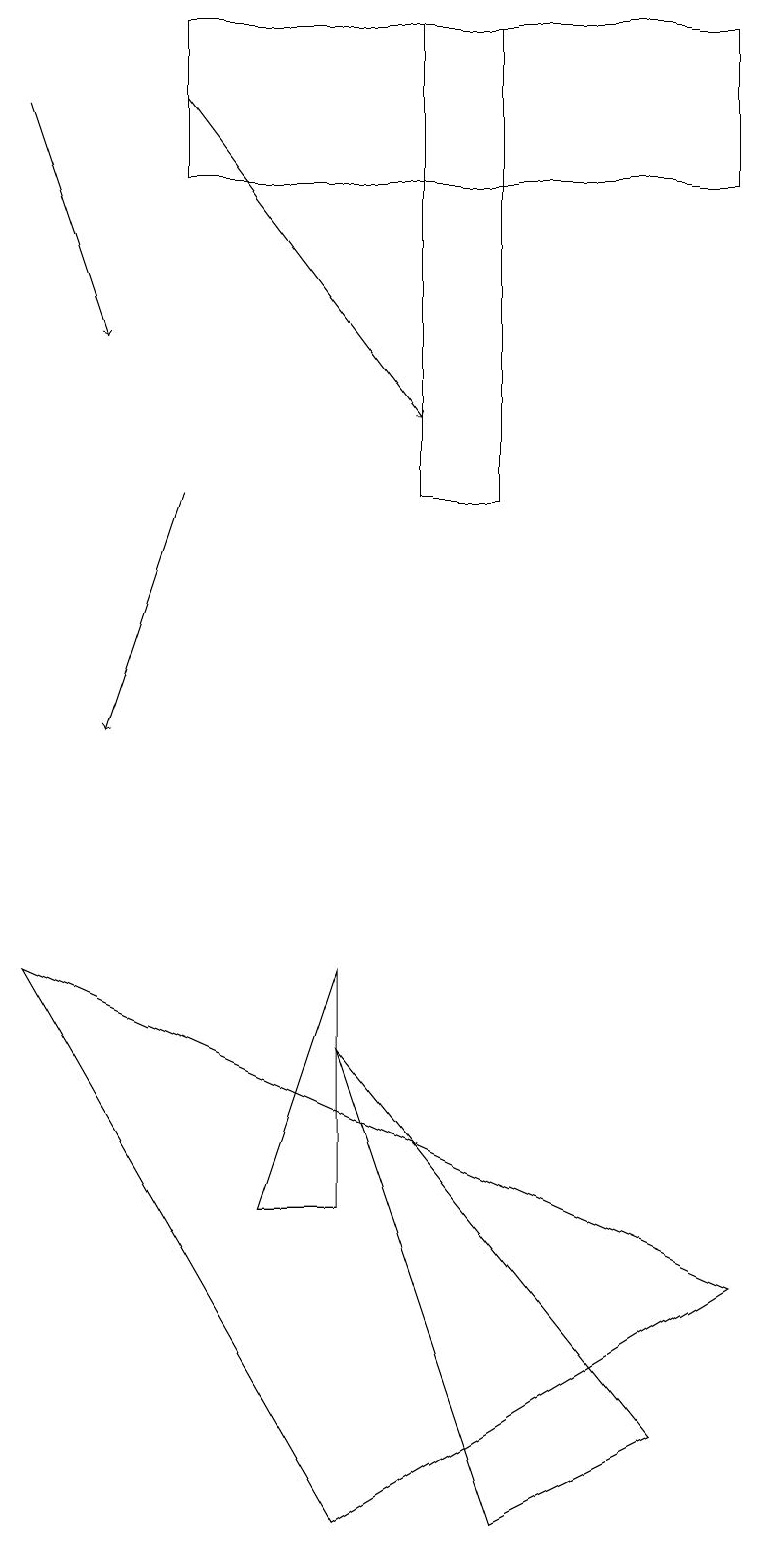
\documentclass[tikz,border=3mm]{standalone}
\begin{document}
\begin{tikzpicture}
\draw (0,7) -- (4,0) -- (9,3) -- cycle;
\draw[->] (2,13) -- (1,10);
\draw (6,19) rectangle (5,13);
\draw (4,4) -- (3,4) -- (4,7) -- cycle;
\draw[->] (0,18) -- (1,15);
\draw (4,6) -- (6,0) -- (8,1) -- cycle;
\draw[->] (2,18) -- (5,14);
\draw (2,17) rectangle (9,19);
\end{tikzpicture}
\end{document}